Medical and sanitary report of the native army of Madras for the year
Year: 1876
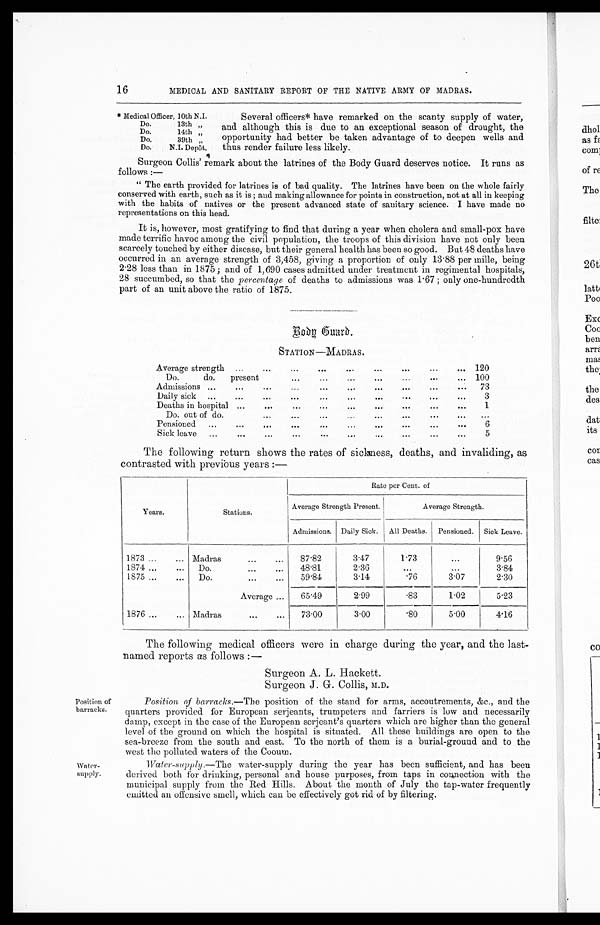
16
MEDICAL AND SANITARY REPORT OF THE NATIVE ARMY OF MADRAS.
* Medical Officer, 10th N.I.
Do.
13th "
Do.
14th"
Do.
39t h "
Do.
N. I . De p ô t .
Several officers* have remarked on the scanty supply of water,
and although this is due to an exceptional season of drought, the
opportunity had better be taken advantage of to deepen wells and
thus render failure less likely.
Position of
barracks.
Wa ter-
supply.
Surgeon Collis' remark about the latrines of the Body Guard deserves notice. It runs as
follows:—
"The earth provided for latrines is of bad quality. The latrines have been on the whole fairly
conserved with earth, such as it is; and making allowance for points in construction, not at all in keeping
with the habits of natives or the present advanced state of sanitary science. I have made no
representations on this head.
It is, however, most gratifying to find that during a year when cholera and small-pox have
made terrific havoc among the civil population, the troops of this division have not only been
scarcely touched by either disease, but their general health has been so good. But 48 deaths have
occurred in an average strength of 3,458, giving a proportion of only 13.88 per mille, being
2 . 28 less than in 1875; and of 1,690 cases admitted under treatment in regimental hospitals,
28 succumbed, so that the percentage of deaths to admissions was 1.67; only one-hundredth
part of an unit above the ratio of 1875.
Body Guard.
STATION—MADRA S.
Average strength
120
Do. do. present
100
Admissions
73
Daily sick
3
Deaths in hospital
1
Do. out of do.
. . .
Pensioned
6
Sick leave
5
The following return shows the rates of sickness, deaths, and invaliding, as
contrasted with previous years:—
Years.
Stations.
Rate per Cent. of
Average Strength Present.
Average Strength.
Admissions. Daily Sick. All Deaths. Pensioned. Sick Leave.
1873
Madras
87.82
3.47
1.73
...
9.56
1871
Do.
48.81
2.36
...
...
3.84
1875
Do.
59.84
3.14
.76
3.07
2.30
Average
65.49
2.99
.83
1.02
5.23
1876
Madras
73.00
3.00
.80
5.00
4.16
The following medical officers were in charge during the year, and the last-
named reports as follows:—
Surgeon A. L. Hackett.
Surgeon J. G. Collis, M.D.
Position of barracks. —The position of the stand for arms, accoutrements, &c., and the
quarters provided for European serjeants, trumpeters and farriers is low and necessarily
damp, except in the case of the European serjeant's quarters which are higher than the general
level of the ground on which the hospital is situated. All these buildings are open to the
sea-breeze from the south and east. To the north of them is a burial-ground and to the
west the polluted waters of the Cooum.
Water-supply. —The water-supply during the year has been sufficient, and has been
derived both for drinking, personal and house purposes, from taps in connection with the
municipal supply from the Red Hills. About the month of July the tap-water frequently
emitted an offensive smell, which can be effectively got rid of by filtering.